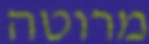
מרוטה